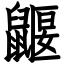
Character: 鼴